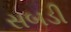
સબડી